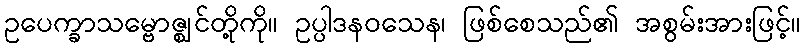
ဥပေက္ခာသမ္ဗောဇ္ဈင်တို့ကို။ ဥပ္ပါဒနဝသေန၊ ဖြစ်စေသည်၏ အစွမ်းအားဖြင့်။